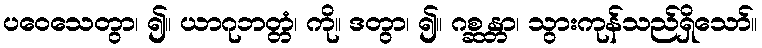
ပဝေသေတွာ၊ ၍။ ယာဂုဘတ္တံ၊ ကို။ ဒတွာ၊ ၍။ ဂစ္ဆန္တာ၊ သွားကုန်သည်ရှိသော်။